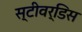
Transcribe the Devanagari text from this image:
स्‍टीवर्डिस